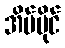
အိမ်ပိုင်